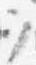
ヲ